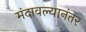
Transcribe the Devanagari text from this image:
मंदावल्यानंतर